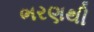
ભરણથી